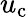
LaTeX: u_{\textup{c}}